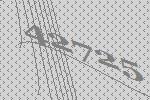
42725